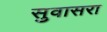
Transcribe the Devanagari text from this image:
सुवासरा